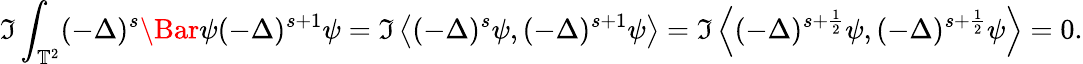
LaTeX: \Im\int_{\mathbb{T}^{2}}(-\Delta)^{s}\Bar{\psi}(-\Delta)^{s+1}\psi=\Im\left\langle(-\Delta)^{s}\psi,(-\Delta)^{s+1}\psi\right\rangle=\Im\left\langle(-\Delta)^{s+\frac{1}{2}}\psi,(-\Delta)^{s+\frac{1}{2}}\psi\right\rangle=0.